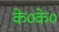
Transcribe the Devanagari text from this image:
के०के०